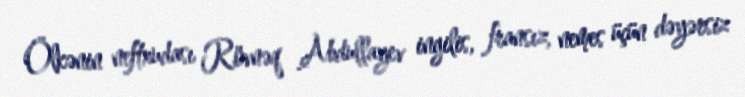
Ölkənin neftxudası Rövnəq Abdullayev ingilis, fransız, nemes üçün dəyərsiz